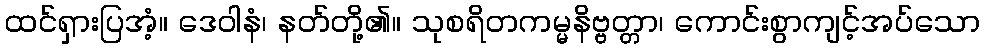
ထင်ရှားပြအံ့။ ဒေဝါနံ၊ နတ်တို့၏။ သုစရိတကမ္မနိဗ္ဗတ္တာ၊ ကောင်းစွာကျင့်အပ်သော